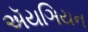
ઍયઞિયન